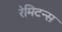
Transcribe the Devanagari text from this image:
रेमिटन्स